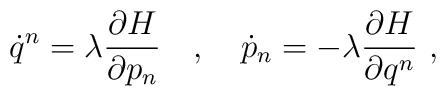
\dot{q}^n=\lambda\frac{\partial H}{\partial p_n}\ \ \ ,\ \ \ \dot{p}_n=-\lambda\frac{\partial H}{\partial q^n}\ ,